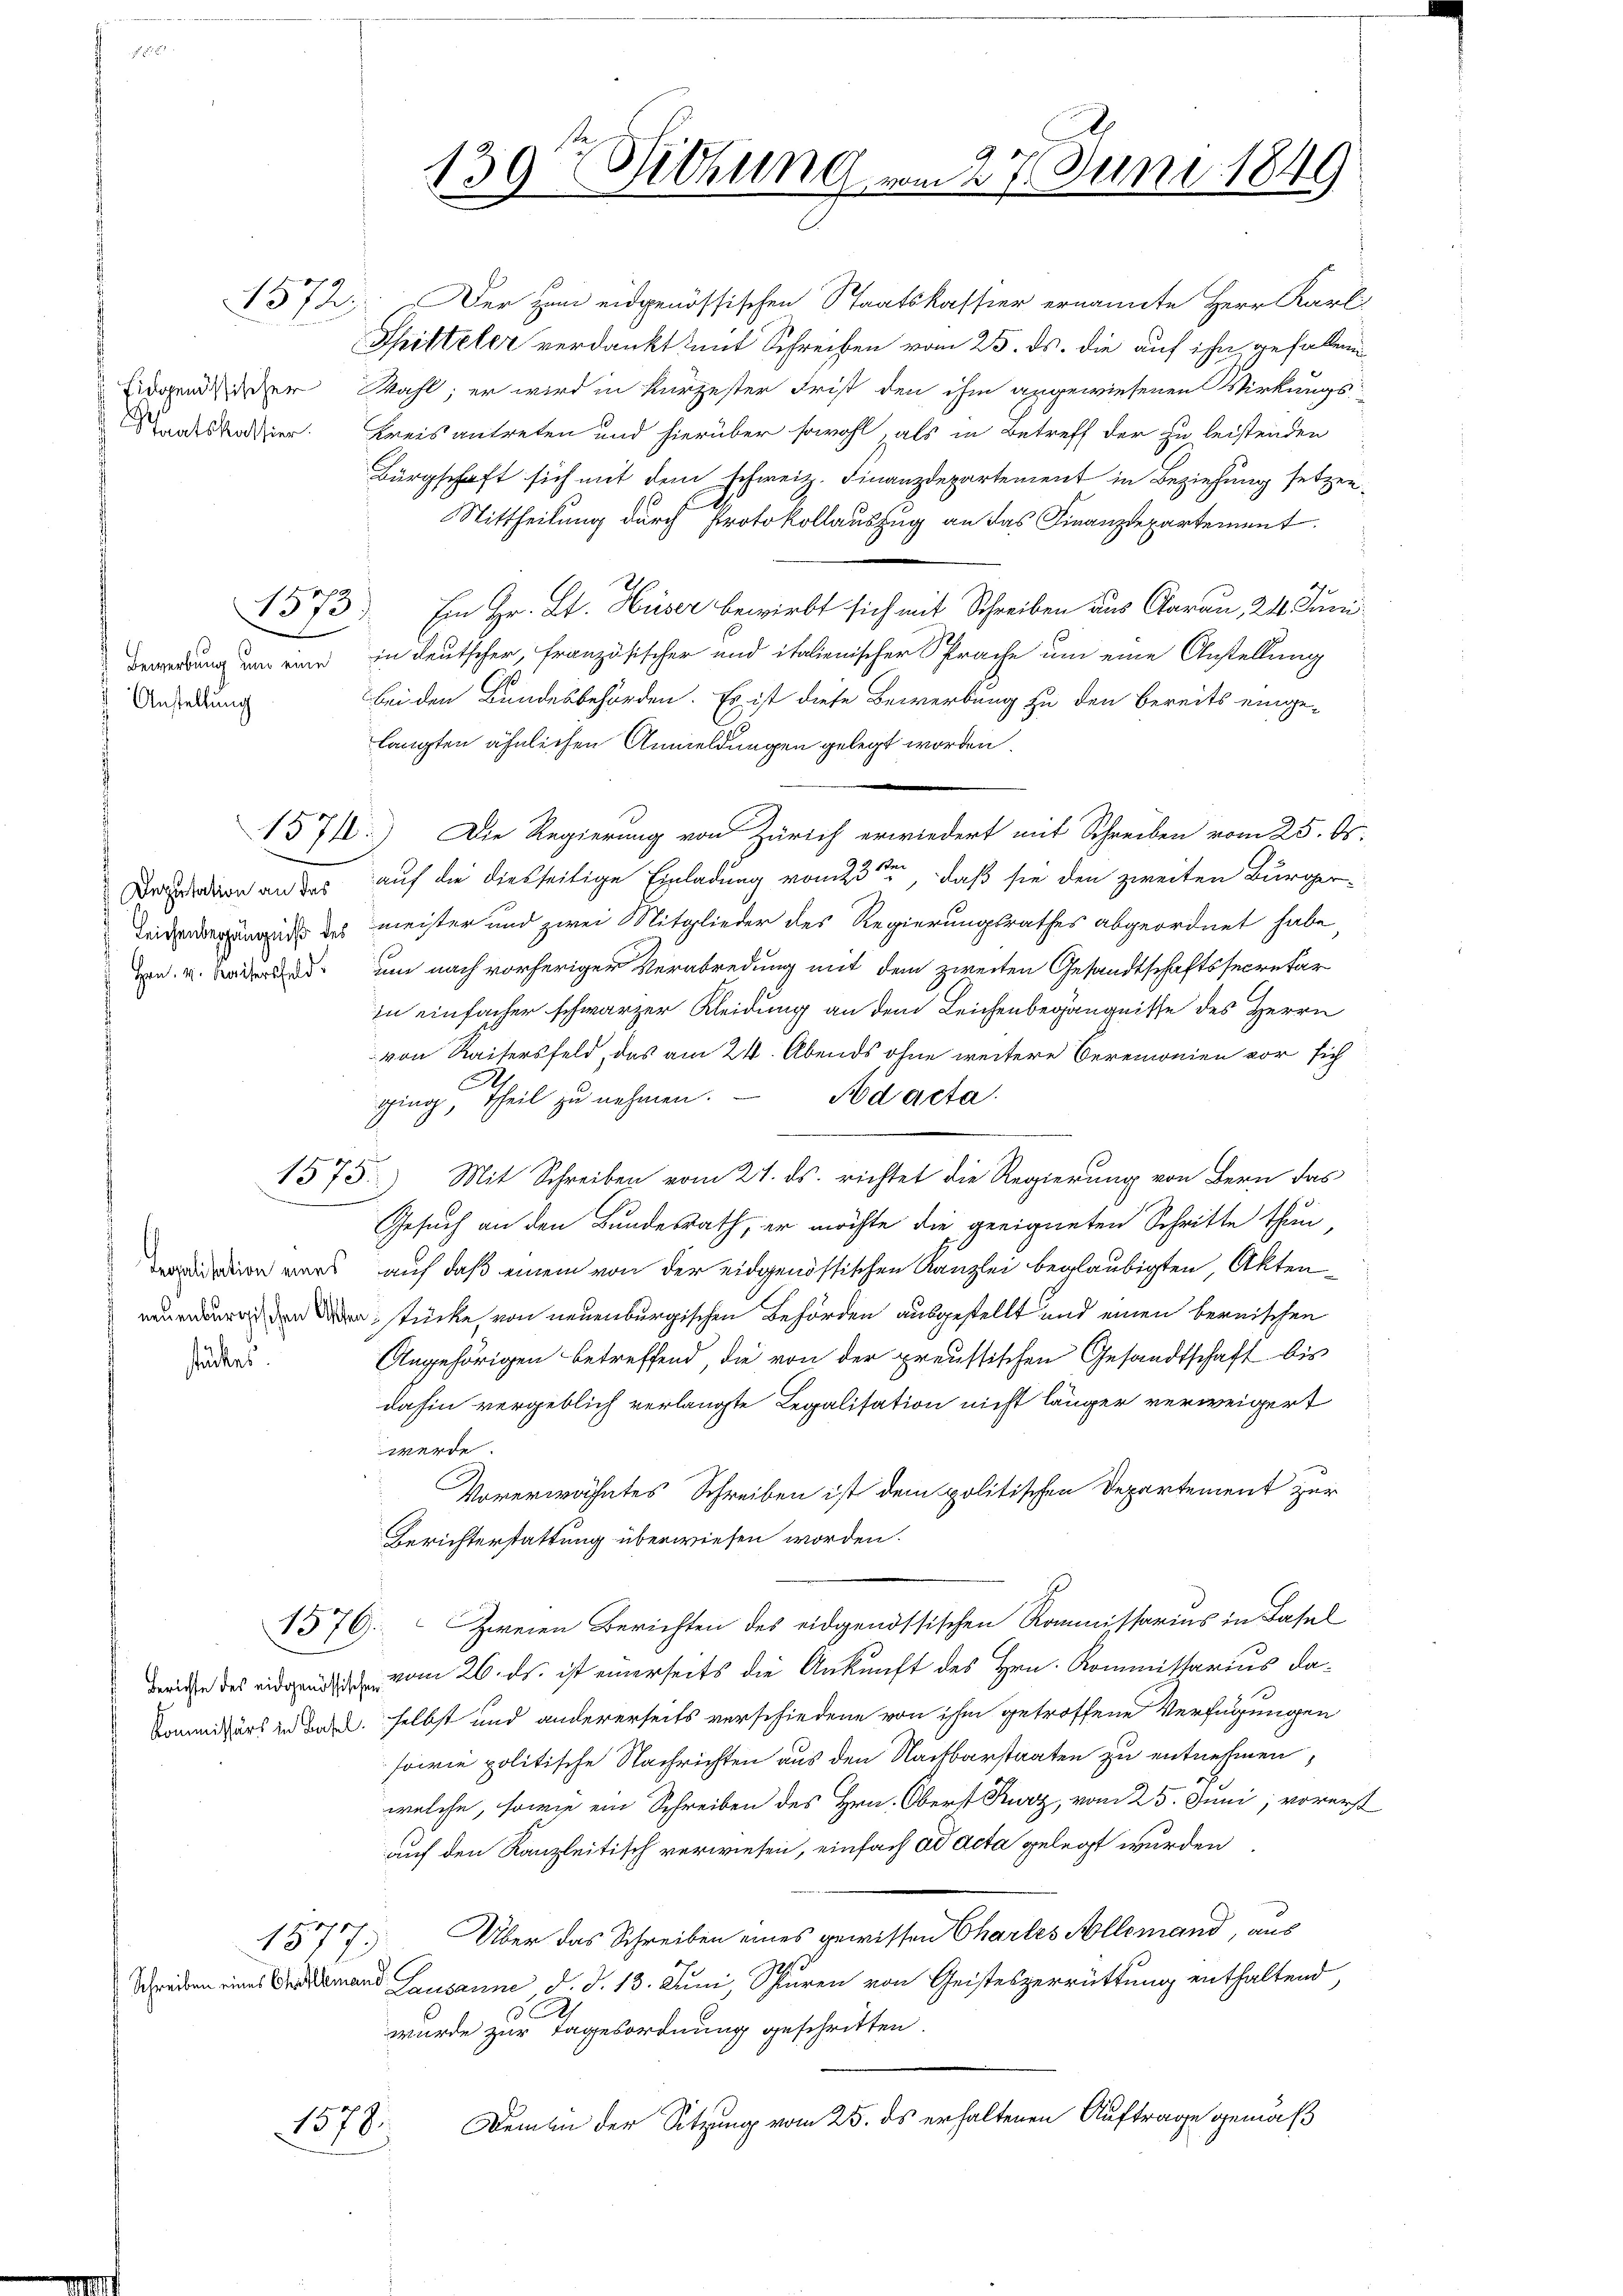
Staatskassier.

1573

Bewerbung und eine
 Anstellung

15710.

Deputation an das
Leichenbegängniß des
 Hrn. v. Kaisersfeld.

Arealisation eines
neuenburgischen A
stücken

1575.

1578.

139. Sitzung vom 27. Juni 1849

157. Der zum eidgenössischen Staatskassier ernannte Herr Karl
Phitteler verdankt mit Schreiben vom 25. ds. die auf ihn gefallen
Eidgendlicher Mahl; er wird in kurzester Frist den ihm angewiesenen Wirkungs-
kreis antreten und hierüber sowohl, als in Betreff der zu leistenden
Bürgschaft sich mit dem Schweiz. Finanzdepartement in Beziehung setzen¬
Mittheilung durch Protokollauszug an das Finanzdepartement.
2.
Ein Hr. Zt. Huser bewirbt sich mit Schreiben aus Aarau, 24. Juni
in Deutscher, französischer und italienischer Sprache um eine Anstellung
bei den Bundesbehörden. Es ist diese Bewerbung zu den bereits einge-
langten ähnlichen Anmeldungen gelegt worden.
Die Regierung von Zürich erwiedert mit Schreiben vom 25. ds.
auf die diesseitige Einladung vom 23sten, daß sie den zweiten Bürgermeister und zwei Mitglieder des Regierungsrathes abgeordnet habe,
um nach vorheriger Verabredung mit dem zweiten Gesandtschaftssecretär
in einfacher schwarzer Kleidung an dem Leichenbegängnisse des Herrn
von Kaisersfeld, das am 24. Abends ohne weitere Beremonien vor sich
A
Nd acta.
ging, Theil zu nehmen.
Mit Schreiben vom 21. ds. richtet die Regierung von Bern das
Gesuch an den Bundesrath, er möchte die geeigneten Schritte thun,
auf, daß einem von der eidgenössischen Kanzlei beglaubigten, Aktendstücke von neuenburgischen Behörden ausgestellt und einen bernischen
Angehörigen betreffend, die von der preussischen Gesandtschaft bis
dahin vergeblich verlangte Legalisation nicht länger verweigert
werde.
Vorerwähntes Schreiben ist dem politischen Departement zur
Berichterstattung überwiesen worden.
1576. Zweien Berichten des eidgenössischen Kommissarius in Basel
eiche des ein vom 26. ds. ist einerseits die Ankunft des Hrn. Kommissarius da¬
Kommißärs zu den d. selbst und andererseits verschiedene von ihm getroffene Verfügungen
sowie politische Nachrichten aus den Nachbarstaaten zu entnehmen,
welche, sowie ein Schreiben des Hrn. Oberst Kurz, vom 25. Juni, vorerst
auf den Kanzleitisch verwiesen, einfach ad acta gelegt wurden
1577. Aber das Schreiben eines gewissen Chartes Allemand, aus
Schreiben eines Grossemand Lausanne d. d. 13. Juni, Spuren von Geisteszerrüttung enthaltend,
.
wurde zur Tagesordnung geschritten.
Demen der Sitzung vom 25. ds erhaltenen Auftrage gemäß